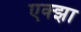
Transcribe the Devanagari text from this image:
एक्झा